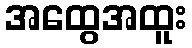
အထွေအထူး